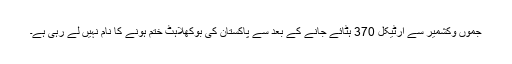
جموں وکشمیر سے آرٹیکل 370 ہٹائے جانے کے بعد سے پاکستان کی بوکھلاہٹ ختم ہونے کا نام نہیں لے رہی ہے۔